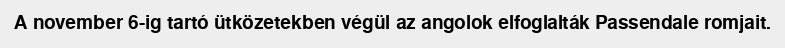
A november 6-ig tartó ütközetekben végül az angolok elfoglalták Passendale romjait.